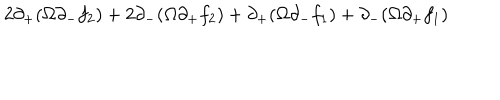
LaTeX: 2 \partial _ { + } ( \Omega \partial _ { - } f _ { 2 } ) + 2 \partial _ { - } ( \Omega \partial _ { + } f _ { 2 } ) + \partial _ { + } ( \Omega \partial _ { - } f _ { 1 } ) + \partial _ { - } ( \Omega \partial _ { + } f _ { 1 } )